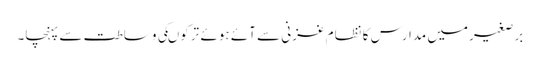
برصغیرمیں مدارس کا نظام غزنی سے آئے ہوئے ترکوںکی وساطت سے پہنچا۔